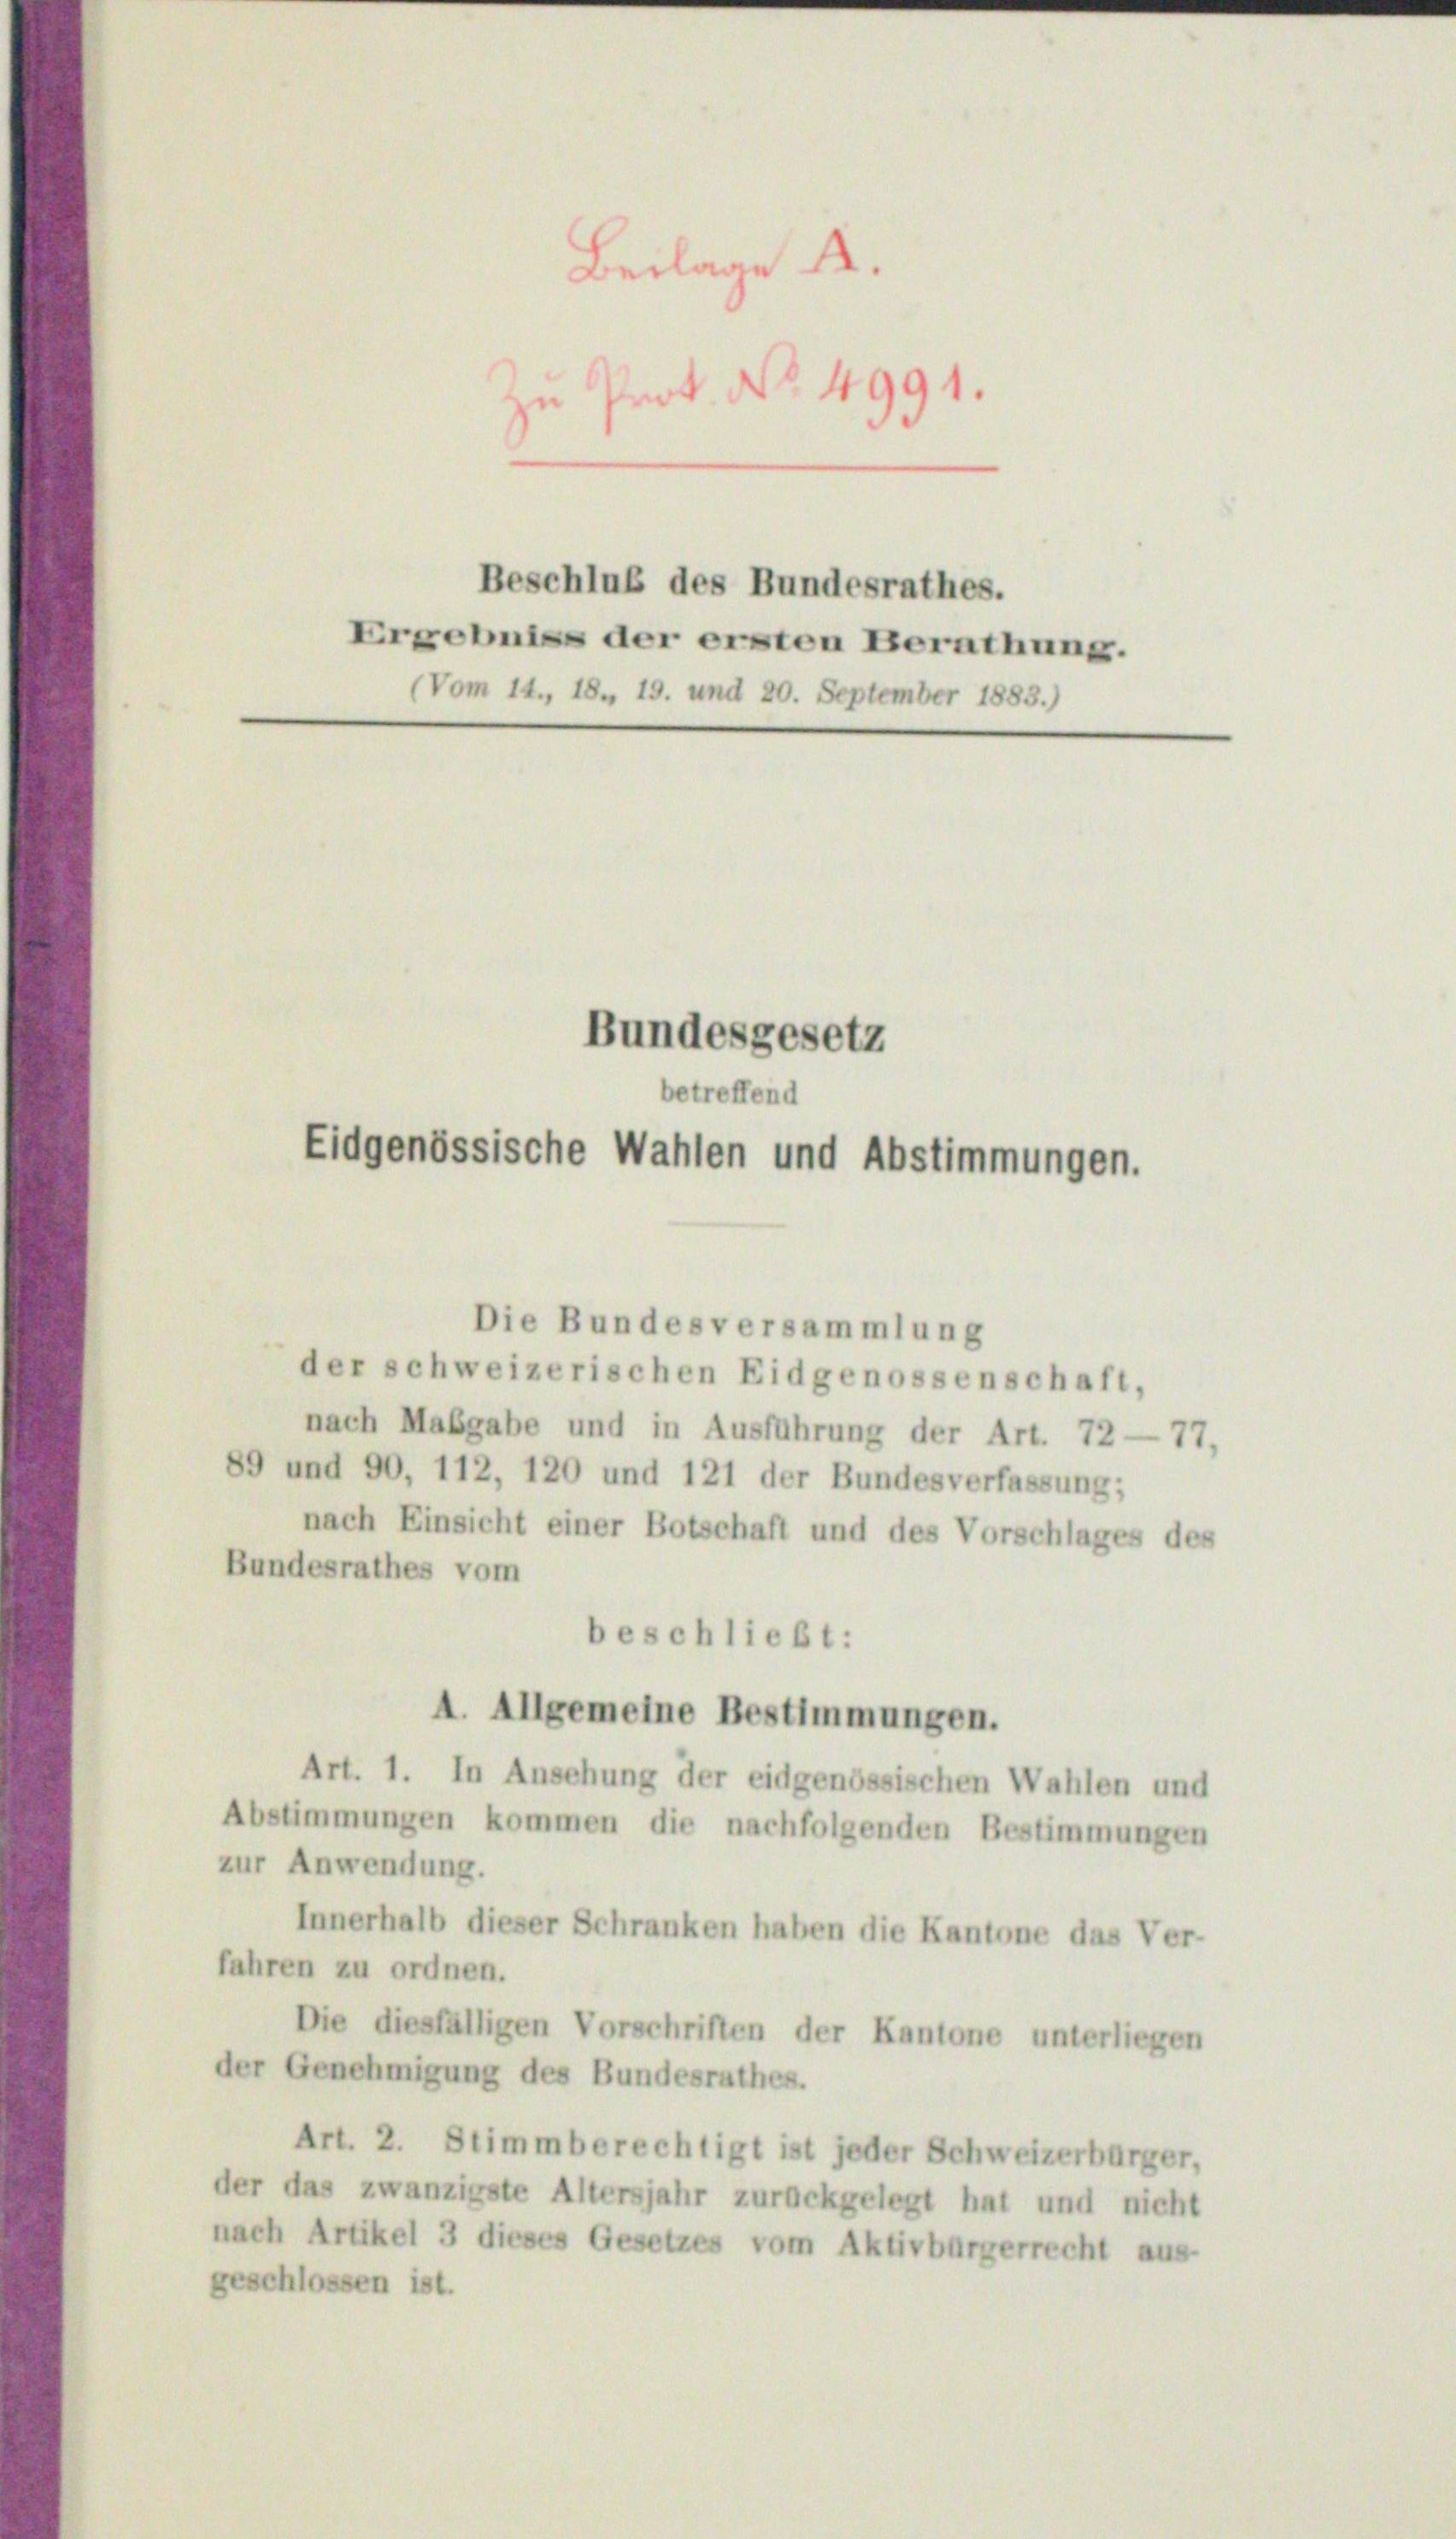
Beilage A.
u Prot. No. 4991.

Bundesgesetz
betreffend
Eidgenössische Wahlen und Abstimmungen.

Beschluß des Bundesrathes.
Ergebniss der ersten Berathung.
(Vom 14., 18, 19. und 20. September 1883.)

Die Bundesversammlung
der schweizerischen Eidgenossenschaft,
nach Mabgabe und in Ausführung der Art. 72 — 77,
89 und 90, 112, 120 und 121 der Bundesverfassung;
nach Einsicht einer Botschaft und des Vorschlages des
Bundesrathes vom
beschließt:
A. Allgemeine Bestimmungen.
Art. 1. In Ansehung der eidgenössischen Wahlen und
Abstimmungen kommen die nachfolgenden Bestimmungen
zur Anwendung.
Innerhalb dieser Schranken haben die Kantone das Ver-
fahren zu ordnen.
Die diesfälligen Vorschriften der Kantone unterliegen
der Genehmigung des Bundesrathes.
Art. 2. Stimmberechtigt ist jeder Schweizerbürger,
der das zwanzigste Altersjahr zurückgelegt hat und nicht
nach Artikel 3 dieses Gesetzes vom Aktivbürgerrecht aus-
geschlossen ist.